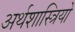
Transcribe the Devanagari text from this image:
अर्थशास्त्रियो